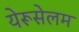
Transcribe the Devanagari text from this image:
येरूसेलम